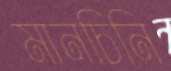
মানচিনি